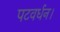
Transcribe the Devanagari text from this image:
पटवर्धन।